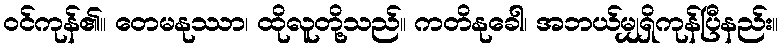
ဝင်ကုန်၏။ တေမနုဿာ၊ ထိုလူတို့သည်။ ကတိနုခေါ၊ အဘယ်မျှရှိကုန်ပြီနည်း။